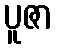
ပူဇာ